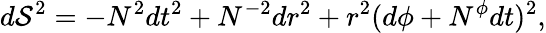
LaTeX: d\mathcal{S}^{2}=-N^{2}dt^{2}+N^{-2}dr^{2}+r^{2}(d\phi+N^{\phi}dt)^{2},